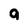
Character: a